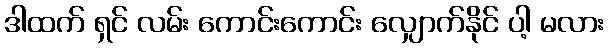
ဒါထက် ရှင် လမ်း ကောင်းကောင်း လျှောက်နိုင် ပါ့ မလား